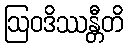
ဩဝဒိဿန္တီတိ